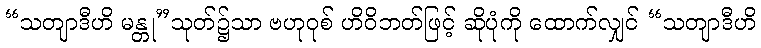
“သတျာဒီဟိ မန္တု”သုတ်၌သာ ဗဟုဝုစ် ဟိဝိဘတ်ဖြင့် ဆိုပုံကို ထောက်လျှင် “သတျာဒီဟိ